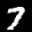
Label: 7